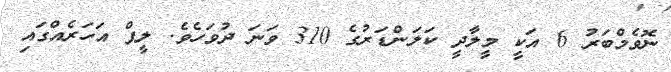
ނޮވެމްބަރު 6 އަކީ މީލާދީ ކަލަންޑަރުގެ 310 ވަނަ ދުވަހެވެ. ލީޕް އަހަރެއްގައި